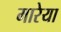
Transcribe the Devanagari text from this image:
मारेया